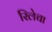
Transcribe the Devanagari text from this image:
रिलेचा